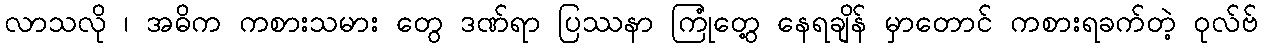
လာသလို ၊ အဓိက ကစားသမား တွေ ဒဏ်ရာ ပြဿနာ ကြုံတွေ့ နေရချိန် မှာတောင် ကစားရခက်တဲ့ ဝုလ်ဗ်